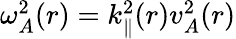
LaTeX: \begin{array}{r}{\omega_{A}^{2}(r)=k_{\parallel}^{2}(r)v_{A}^{2}(r)}\end{array}